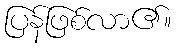
ပြန်ဖြစ်လာ၏။